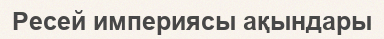
Ресей империясы ақындары